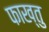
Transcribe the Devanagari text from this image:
फाख्तु